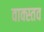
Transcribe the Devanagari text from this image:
वाक्स्तव